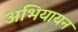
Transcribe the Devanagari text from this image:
अभियायन